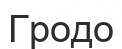
Гродо